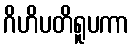
ဂိဟိပတိရူပကာ